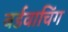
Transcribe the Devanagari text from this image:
बर्डवाचिंग